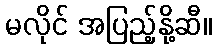
မလိုင် အပြည့်နို့ဆီ။